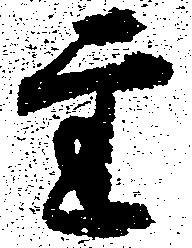
主